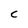
Character: C